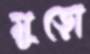
মুড়ো